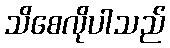
သိစေလိုပါသည်